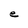
Character: e